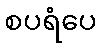
စပရံပေ